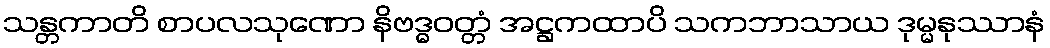
သန္တကာတိ စာပလသုဏော နိဗဒ္ဓဝတ္တံ အဋ္ဌကထာပိ သကဘာသာယ ဒုမ္မနုဿာနံ